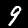
Digit: 9